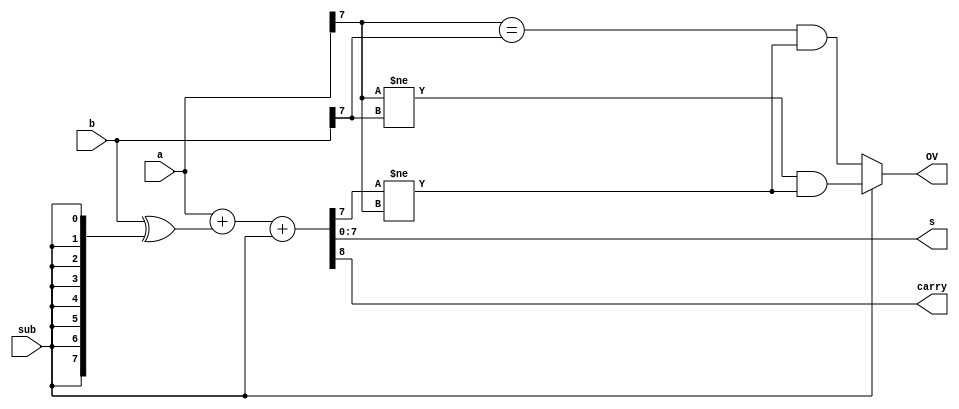
module adder_subtractor
	#(
		parameter nIO = 8
	)
	(
		input sub,
		input signed [nIO-1:0] a,
		input signed [nIO-1:0] b,
		output signed [nIO-1:0] s,
		output carry,
		output OV
	);
	
	wire signed [nIO-1:0] bb;
	
	
	assign bb = b ^ {nIO{sub}};
	assign {carry, s} = a + bb + sub;
	assign OV = sub ? 
	( a[nIO-1] != b[nIO-1] && s[nIO-1] != a[nIO-1] )
	: ( a[nIO-1] == b[nIO-1] && s[nIO-1] != a[nIO-1] );	

		
endmodule